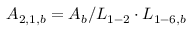
{ A _ { 2 , 1 , b } } = { A _ { b } } / { L _ { 1 - 2 } } \cdot { L _ { 1 - 6 , b } }